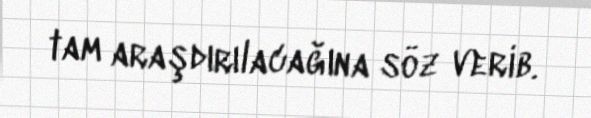
tam araşdırılacağına söz verib.